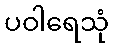
ပဝါရေသုံ